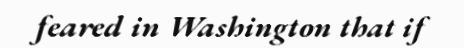
feared in Washington that if